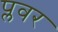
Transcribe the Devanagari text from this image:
प्लवर